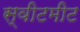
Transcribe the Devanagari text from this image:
स्वीटमीट